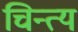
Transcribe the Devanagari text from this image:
चिन्त्य